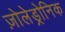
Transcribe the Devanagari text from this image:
ज़ोलेड्रोनिक